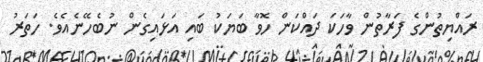
ރައްޔިތުންގެ ފަރާތުން ވާހަކަ ދައްކަން ހޮވާ ބަޔަކު ބައި އަޅައިގެން ނުބެހޭނެއެވެ. ހަތަރު